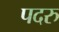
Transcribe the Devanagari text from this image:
पदरु